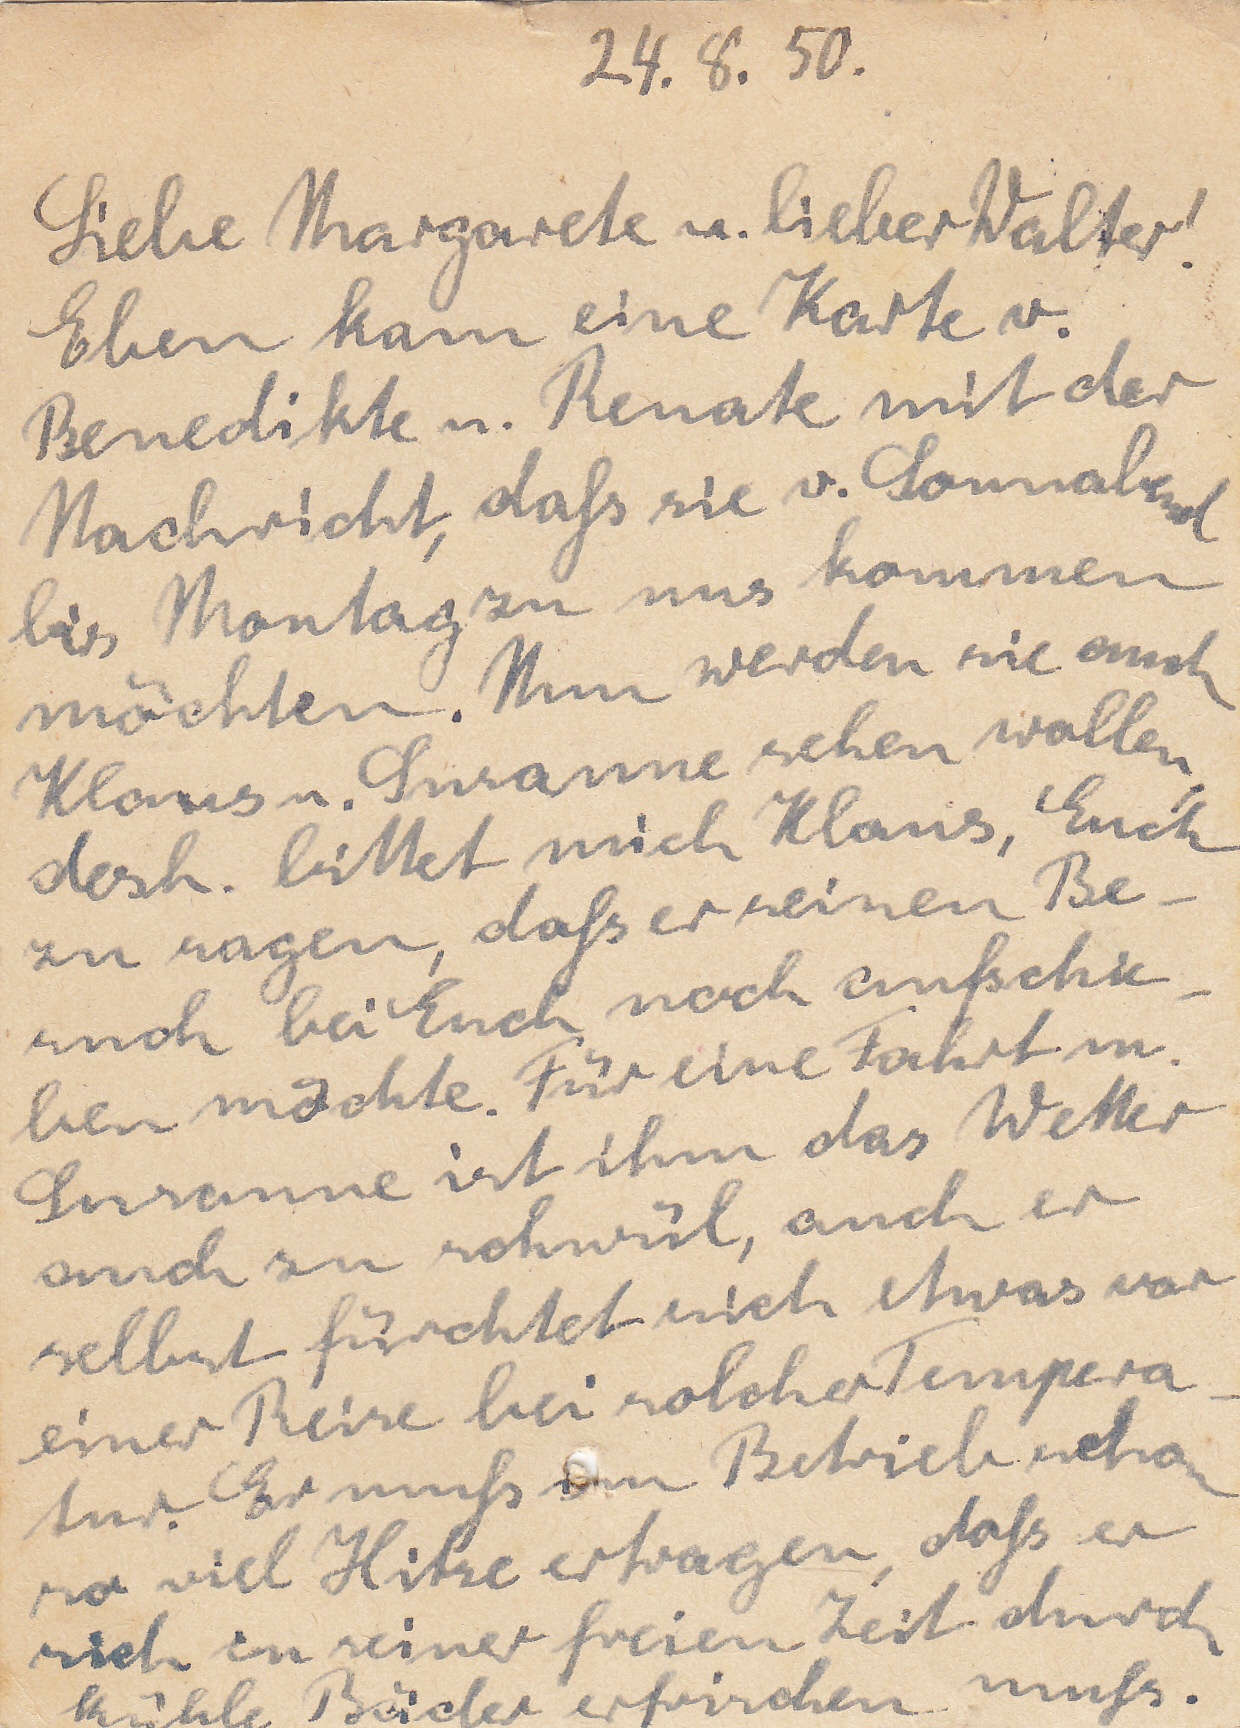
24.8.50.
Liebe Margarete u. lieber Walter!
Eben kam eine Karte v
Benedikte u. Renate mit der
Nachricht, daß sie v. Donnabent
bis Montag zu uns kommen
möchten. Nun werden sie auch
Klaus u. Sisanne sehen wollen
desh. bittet mich Klaus, Euch
zu sagen, daß er seinen Be¬
auch bei Euch noch autschie
lien möchte. Für eine Fahrt in
Susanne ist ihm das Wetter
auch zu schwül, auch er
selbst fürchtet sich etwas vor
einer Reise bei solcher Tempera
tur Er muß am Betrieb scha
so viel Hitze ertragen, daß er
sich in seiner freien Zeit durch